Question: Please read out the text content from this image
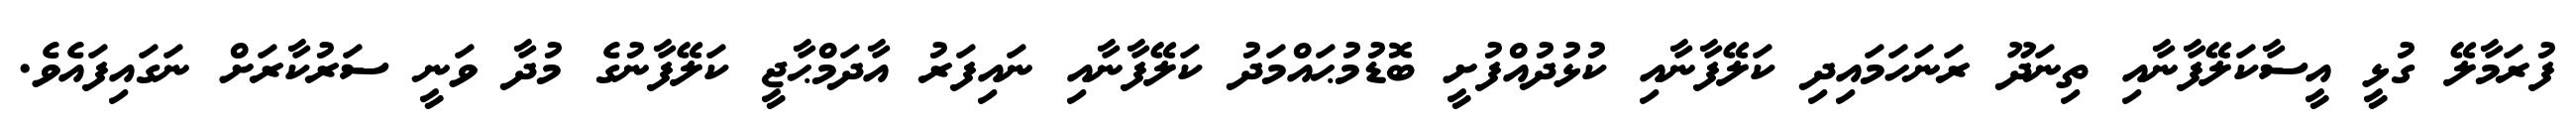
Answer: ފުރަމާލޭ ގުޅީ އީސާކަލޭފާނާއި ތިނަދޫ ރަނަހަމައިދި ކަލޭފާނާއި ކުޅުދުއްފުށީ ބޮޑުމުޙައްމަދު ކަލޭފާނާއި ނައިފަރު އާދަމްޙާޖީ ކަލޭފާނުގެ މުދާ ވަނީ ސަރުކާރަށް ނަގައިފައެވެ.